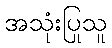
အသုံးပြုသူ